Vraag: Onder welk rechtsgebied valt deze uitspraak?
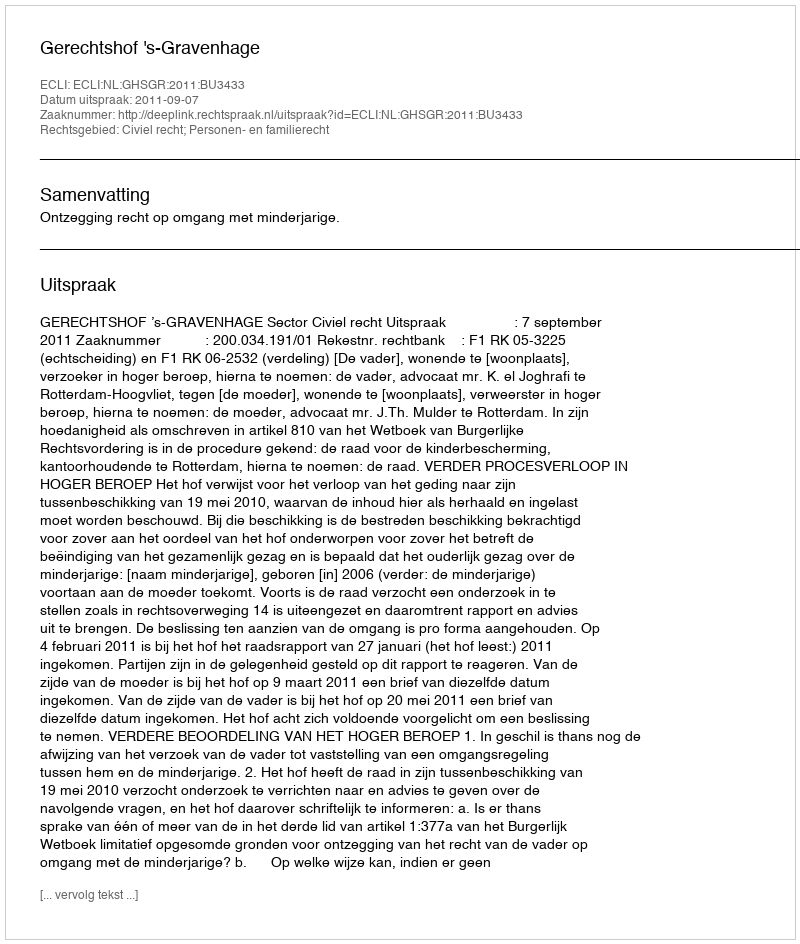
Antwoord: Civiel recht; Personen- en familierecht